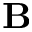
{ \bf B }